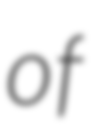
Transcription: of